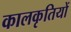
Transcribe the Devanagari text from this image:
कालकृतियों